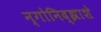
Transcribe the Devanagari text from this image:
न्गोनिद्झाशे